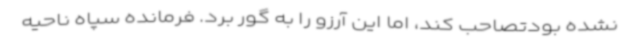
نشده بودتصاحب کند، اما این آرزو را به گور برد. فرمانده سپاه ناحیه